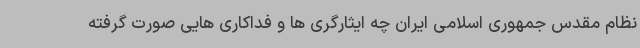
نظام مقدس جمهوری اسلامی ایران چه ایثارگری ها و فداکاری هایی صورت گرفته